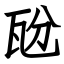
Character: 瓰